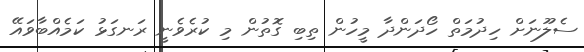
ސެލޫނަށް ހިދުމަތް ހޯދަންދާ މީހުން ތިބި ގޮތުން މި ކުރެވެނީ ރަނގަޅު ކަމެއްބާވައޭ